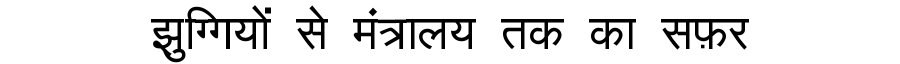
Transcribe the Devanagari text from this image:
झुग्गियों से मंत्रालय तक का सफ़र